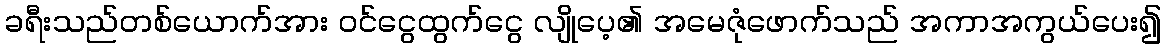
ခရီးသည်တစ်ယောက်အား ဝင်ငွေထွက်ငွေ လျိုပေ့၏ အမေဇုံဖောက်သည် အကာအကွယ်ပေး၍